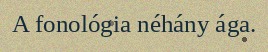
A fonológia néhány ága.